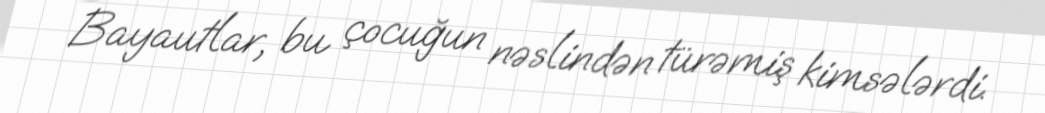
Bayautlar, bu çocuğun nəslindən türəmiş kimsələrdi.